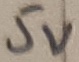
Text: 5V